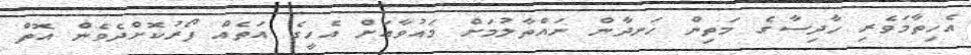
އެހިތާމަވެރި ހާދިސާގެ މަތިން ހަނދާން ނައްތާލުމަށް މައުވާއަށް އެހީގެ އަތެއް ފޯރުކޮށްދެވެން އޮތް